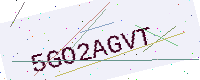
Text: 5GO2AGVT